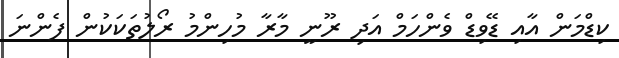
ކިޑްމަން އާއި ޑޭވިޑް ވެންހަމް އަދި ރޫނީ މާރާ މުހިންމު ރޯލުތަކަކުން ފެންނަ